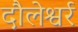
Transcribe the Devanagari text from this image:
दौलेश्वर्र